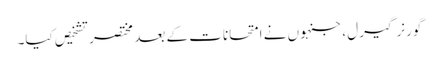
گورنر گیرل ، جنہوں نے امتحانات کے بعد مختصر تشخیص کیا۔